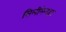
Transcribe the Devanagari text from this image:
सिलीमेनाइट